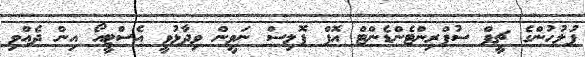
ފުލުހުންގެ ޗީފް ސުޕްރިންޓެންޑެންޓް އޮފް ޕޮލިސް ނަވީން ވިދާޅުވީ އެސްޓީއޯ އިން ދެއްވި